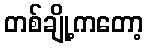
တစ်ချို့ကတော့